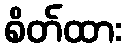
စိတ်ထား